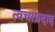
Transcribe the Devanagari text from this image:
त्वचाप्रदाह